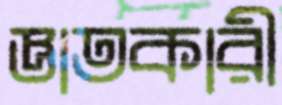
জ্ঞাতকারী